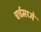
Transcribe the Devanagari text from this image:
चर्चमध्‍ये